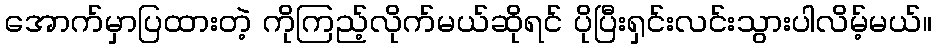
အောက်မှာပြထားတဲ့ ကိုကြည့်လိုက်မယ်ဆိုရင် ပိုပြီးရှင်းလင်းသွားပါလိမ့်မယ်။